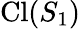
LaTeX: \mathrm{Cl}(S_{1})